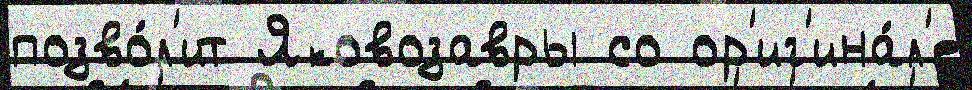
позво́л'ит Яковозавры со ор'иг'ина́л'е